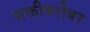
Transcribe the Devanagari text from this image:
शक्तीबरोबर